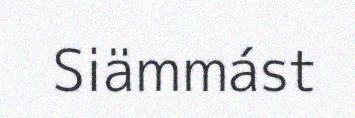
Siämmást